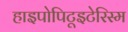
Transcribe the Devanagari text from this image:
हाइपोपिटूइटेरिस्म